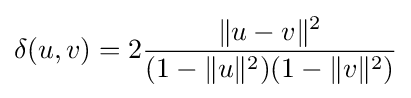
\delta (u,v)=2{\frac {\lVert u-v\rVert ^{2}}{(1-\lVert u\rVert ^{2})(1-\lVert v\rVert ^{2})}}